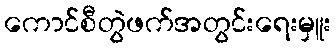
ကောင်စီတွဲဖက်အတွင်းရေးမှူး